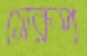
সেরূপ